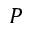
P